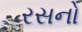
રસનો